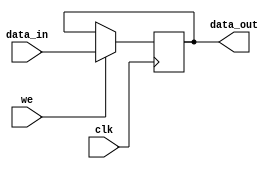
module can_register
( data_in,
  data_out,
  we,
  clk
);
parameter WIDTH = 8; 
input [WIDTH-1:0] data_in;
input             we;
input             clk;
output [WIDTH-1:0] data_out;
reg    [WIDTH-1:0] data_out;
always @ (posedge clk)
begin
  if (we)                        
    data_out<=#1 data_in;
end
endmodule